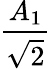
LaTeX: \frac{A_{1}}{\sqrt{2}}